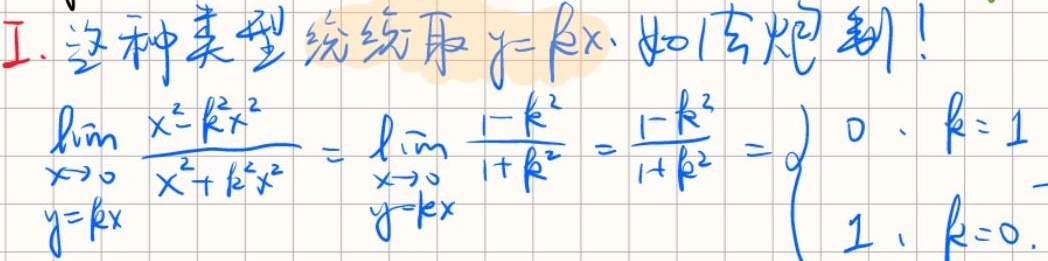
I. 这种类型统统取$y = kx$, 如法炮制！
\[
\begin{align*}
&\lim_{\substack{x \to 0 \\ y = kx}}\frac{x^{2}-k^{2}x^{2}}{x^{2}+k^{2}x^{2}}=\lim_{\substack{x \to 0 \\ y = kx}}\frac{1 - k^{2}}{1 + k^{2}}=\frac{1 - k^{2}}{1 + k^{2}}=
\begin{cases}
0, &k = 1\\
1, &k = 0
\end{cases}
\end{align*}
\]